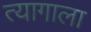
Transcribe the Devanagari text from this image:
त्यागाला